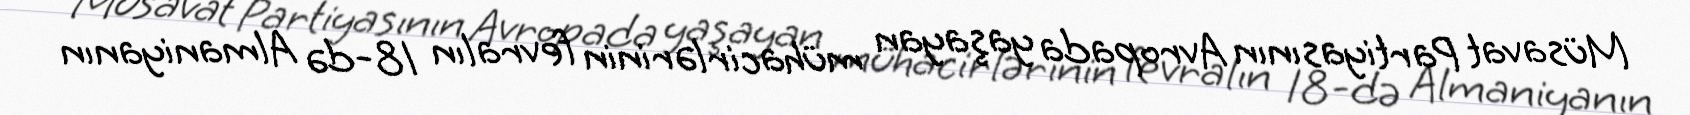
Müsavat Partiyasının Avropada yaşayan mühacirlərinin fevralın 18-də Almaniyanın